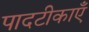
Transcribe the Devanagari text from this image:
पादटीकाएँ